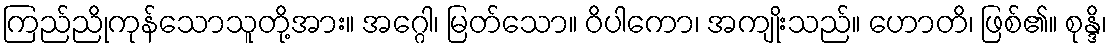
ကြည်ညိုကုန်သောသူတို့အား။ အဂ္ဂေါ၊ မြတ်သော။ ဝိပါကော၊ အကျိုးသည်။ ဟောတိ၊ ဖြစ်၏။ စုန္ဒိ၊